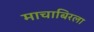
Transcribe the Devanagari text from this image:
माचाबिरला